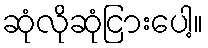
ဆုံလိုဆုံငြားပေါ့။